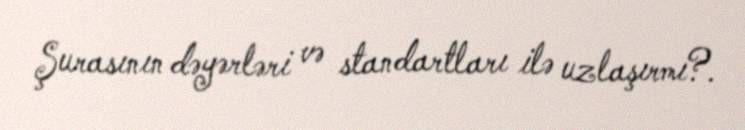
Şurasının dəyərləri və standartları ilə uzlaşırmı?.